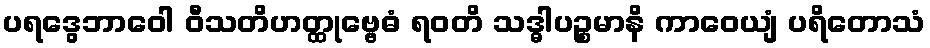
ပရဒွေဘာဝေါ ဝီသတိဟတ္ထုဗ္ဗေဓံ ရဝတိ သဒ္ဓါပဉ္စမာနိ ကာဝေယျံ ပရိတောသံ